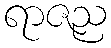
ရာဇည